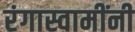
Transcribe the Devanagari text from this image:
रंगास्वामींनी